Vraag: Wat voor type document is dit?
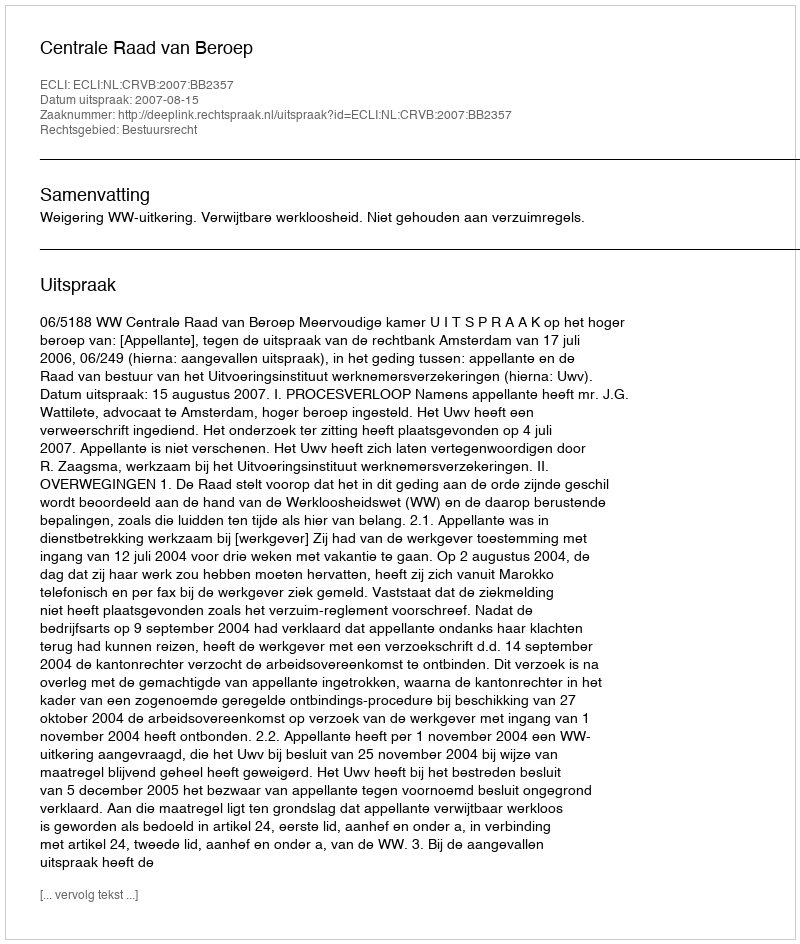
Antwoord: Uitspraak